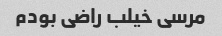
مرسی خیلب راضی بودم